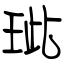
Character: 玼